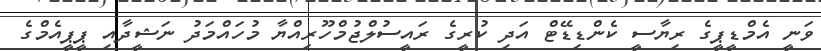
ވަނީ އެމްޑީޕީގެ ރިޔާސީ ކެންޑިޑޭޓް އަދި ކުރީގެ ރައީސުލްޖުމްހޫރިއްޔާ މުހައްމަދު ނަޝީދާއި ޕީޕީއެމްގެ